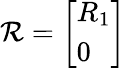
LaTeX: \mathcal{R}={\left[\begin{array}{l}{R_{1}}\\ {0}\end{array}\right]}